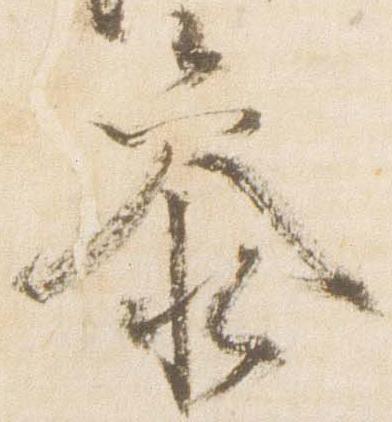
参